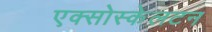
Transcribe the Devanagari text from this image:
एक्सोस्केलटन